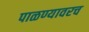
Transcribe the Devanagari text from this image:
पाळण्यावरच